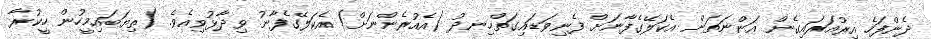
ދެންފަހެ އިރުއަރައިގެން އަންނަތަން އެކަލޭގެފާނަށް ފެނިވަޑައިގަތްހިނދު (އެއުރެންނަށް) އެކަލޭގެފާނު ވިދާޅުވިއެވެ. (ތިޔަބައިމީހުން ހީކުރާ